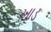
ખાડ